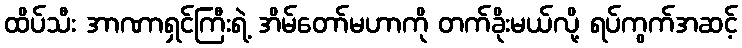
ထိပ်သီး အာဏာရှင်ကြီးရဲ့ အိမ်တော်မဟာကို တက်ခိုးမယ်လို့ ရပ်ကွက်အဆင့်